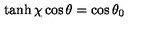
\tanh \chi \cos \theta = \cos \theta _ { 0 }